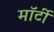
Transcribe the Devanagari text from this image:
मॉर्टी